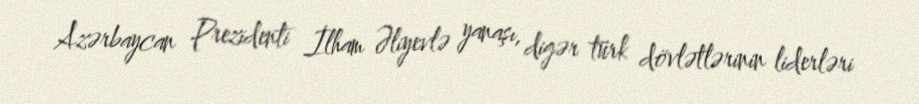
Azərbaycan Prezidenti İlham Əliyevlə yanaşı, digər türk dövlətlərinin liderləri